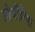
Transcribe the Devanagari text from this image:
प्रोजीरिया